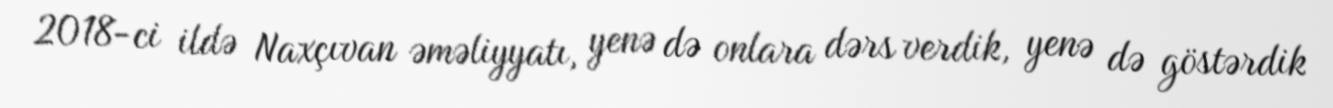
2018-ci ildə Naxçıvan əməliyyatı, yenə də onlara dərs verdik, yenə də göstərdik